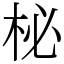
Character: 柲